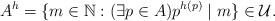
LaTeX: \begin{align*}A^h=\{m\in\mathbb{N}:(\exists p\in A)p^{h(p)}\mid m\}\in{\cal U}.\end{align*}